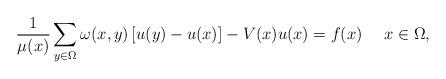
LaTeX: \begin{align*}\frac{1}{\mu(x)}\sum_{y\in \Omega}\omega(x,y)\left[u(y)-u(x)\right]-V(x)u(x)=f(x)\quad\,\,x\in\Omega,\end{align*}